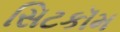
સિટકૉમ